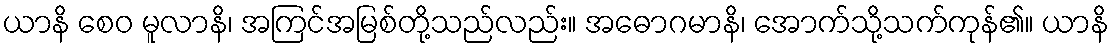
ယာနိ စေဝ မူလာနိ၊ အကြင်အမြစ်တို့သည်လည်း။ အဓောဂမာနိ၊ အောက်သို့သက်ကုန်၏။ ယာနိ